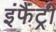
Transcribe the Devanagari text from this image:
इंफैंट्री